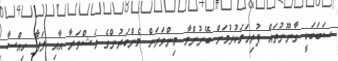
ސަބަބަކީ ގާނޫނުތައް ފުރިހަމަކުރުމަށް ބޭނުންވާ މިންވަރަށް މެންބަރުންގެ މަޝްވަރާ އާއި ލަފާ ހިއްސާ